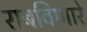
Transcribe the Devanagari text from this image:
राबविणारे